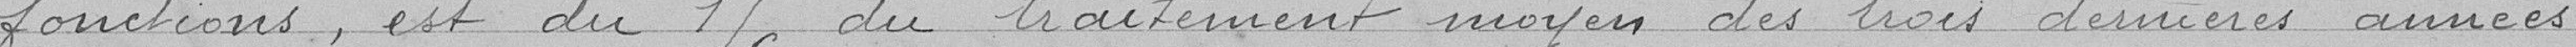
fonctions, est de 1/6 du traitement moyen des trois dernières années